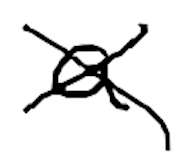
Text: a
Cross-out: cross
Writing tool: digital_black